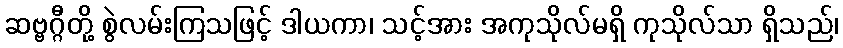
ဆဗ္ဗဂ္ဂီတို့ စွဲလမ်းကြသဖြင့် ဒါယကာ၊ သင့်အား အကုသိုလ်မရှိ ကုသိုလ်သာ ရှိသည်၊